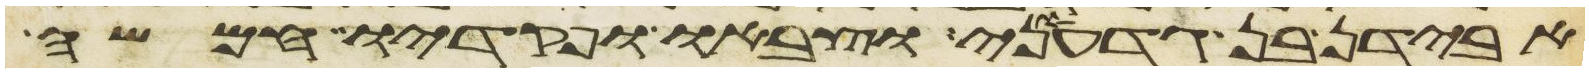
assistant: אבידן בן גדעוני וצבאו ופקדיו חמשה